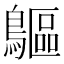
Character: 䳼